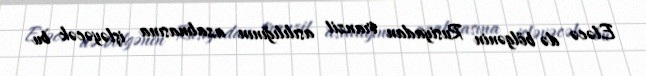
Eləcə də bölgənin Rusiyadan tranzit asılılığının azalmasına işləyəcək bu